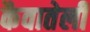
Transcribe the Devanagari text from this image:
कैवातेली